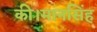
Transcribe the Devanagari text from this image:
की।मानसिंह